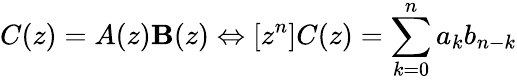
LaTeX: C(z)=A(z)\mathbf{B}(z)\Leftrightarrow[z^{n}]C(z)=\sum_{k=0}^{n}{a_{k}b_{n-k}}